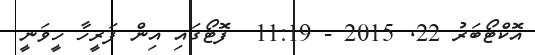
އޮކްޓޯބަރު 22